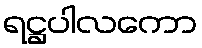
ရဋ္ဌပါလကော